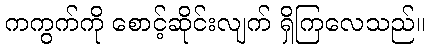
ကကွက်ကို စောင့်ဆိုင်းလျက် ရှိကြလေသည်။